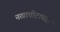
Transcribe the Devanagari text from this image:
नखाबोटाच्या